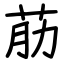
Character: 荕